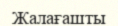
Жалағашты